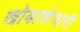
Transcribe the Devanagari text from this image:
खोडाशेजारी